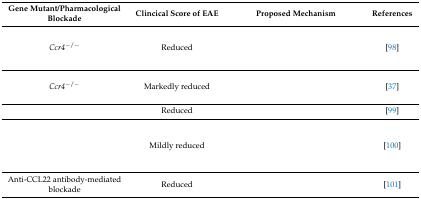
<table><thead><tr><td><b>Gene Mutant/Pharmacological Blockade</b></td><td><b>Clincical Score of EAE</b></td><td><b>Proposed Mechanism</b></td><td><b>References</b></td></tr></thead><tbody><tr><td><i>Ccr4</i><sup>−/−</sup></td><td>Reduced</td><td>[EMPTY_CELL]</td><td>[98]</td></tr><tr><td><i>Ccr4</i><sup>−/−</sup></td><td>Markedly reduced</td><td>[EMPTY_CELL]</td><td>[37]</td></tr><tr><td>[EMPTY_CELL]</td><td>Reduced</td><td>[EMPTY_CELL]</td><td>[99]</td></tr><tr><td>[EMPTY_CELL]</td><td>Mildly reduced</td><td>[EMPTY_CELL]</td><td>[100]</td></tr><tr><td>Anti-CCL22 antibody-mediated blockade</td><td>Reduced</td><td>[EMPTY_CELL]</td><td>[101]</td></tr></tbody></table>